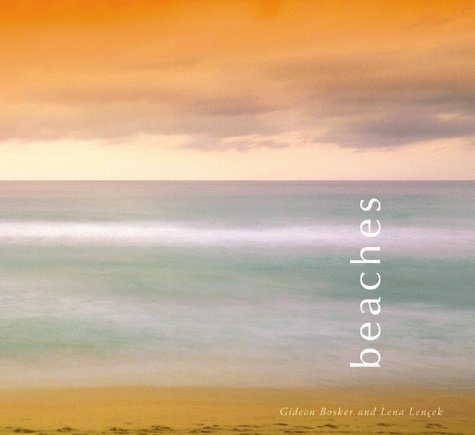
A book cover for Beaches; Gideon Bosker; Travel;